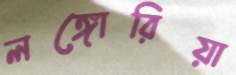
লঙ্গোরিয়া